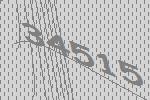
34515